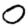
Digit: 0